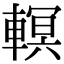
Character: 𨎁